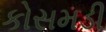
કોસમડી